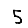
Digit: 5